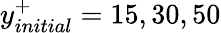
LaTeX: y_{initial}^{+}=15,30,50